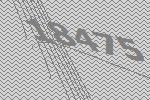
18475